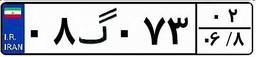
۰۸گ۰۷۳۰۲